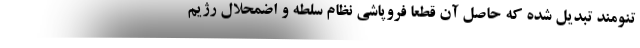
تنومند تبدیل شده که حاصل آن قطعا فروپاشی نظام سلطه و اضمحلال رژیم